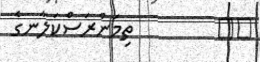
٣٥         ތިމަންރަސްކަލާނގެ